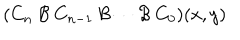
LaTeX: ( C _ { n } \: { \cal { B } } \: C _ { n - 1 } \: { \cal { B } } \cdots { \cal { B } } \: C _ { 0 } ) ( x , y )